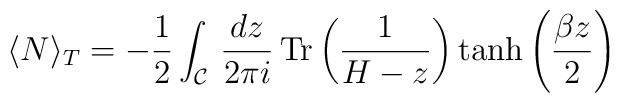
\langle N\rangle _T=-\frac{1}{2}\int _{\mathcal{C}}\, \frac{dz}{2 \pi i} \, \textrm{Tr} \left(\frac{1}{H-z}\right) \tanh \left(\frac{\beta z}{2}\right)